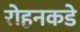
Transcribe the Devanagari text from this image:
रोहनकडे